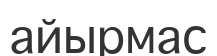
айырмас